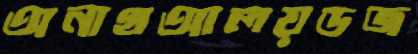
অনাথআলয়ডজ